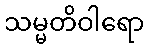
သမ္မတိဝါရော